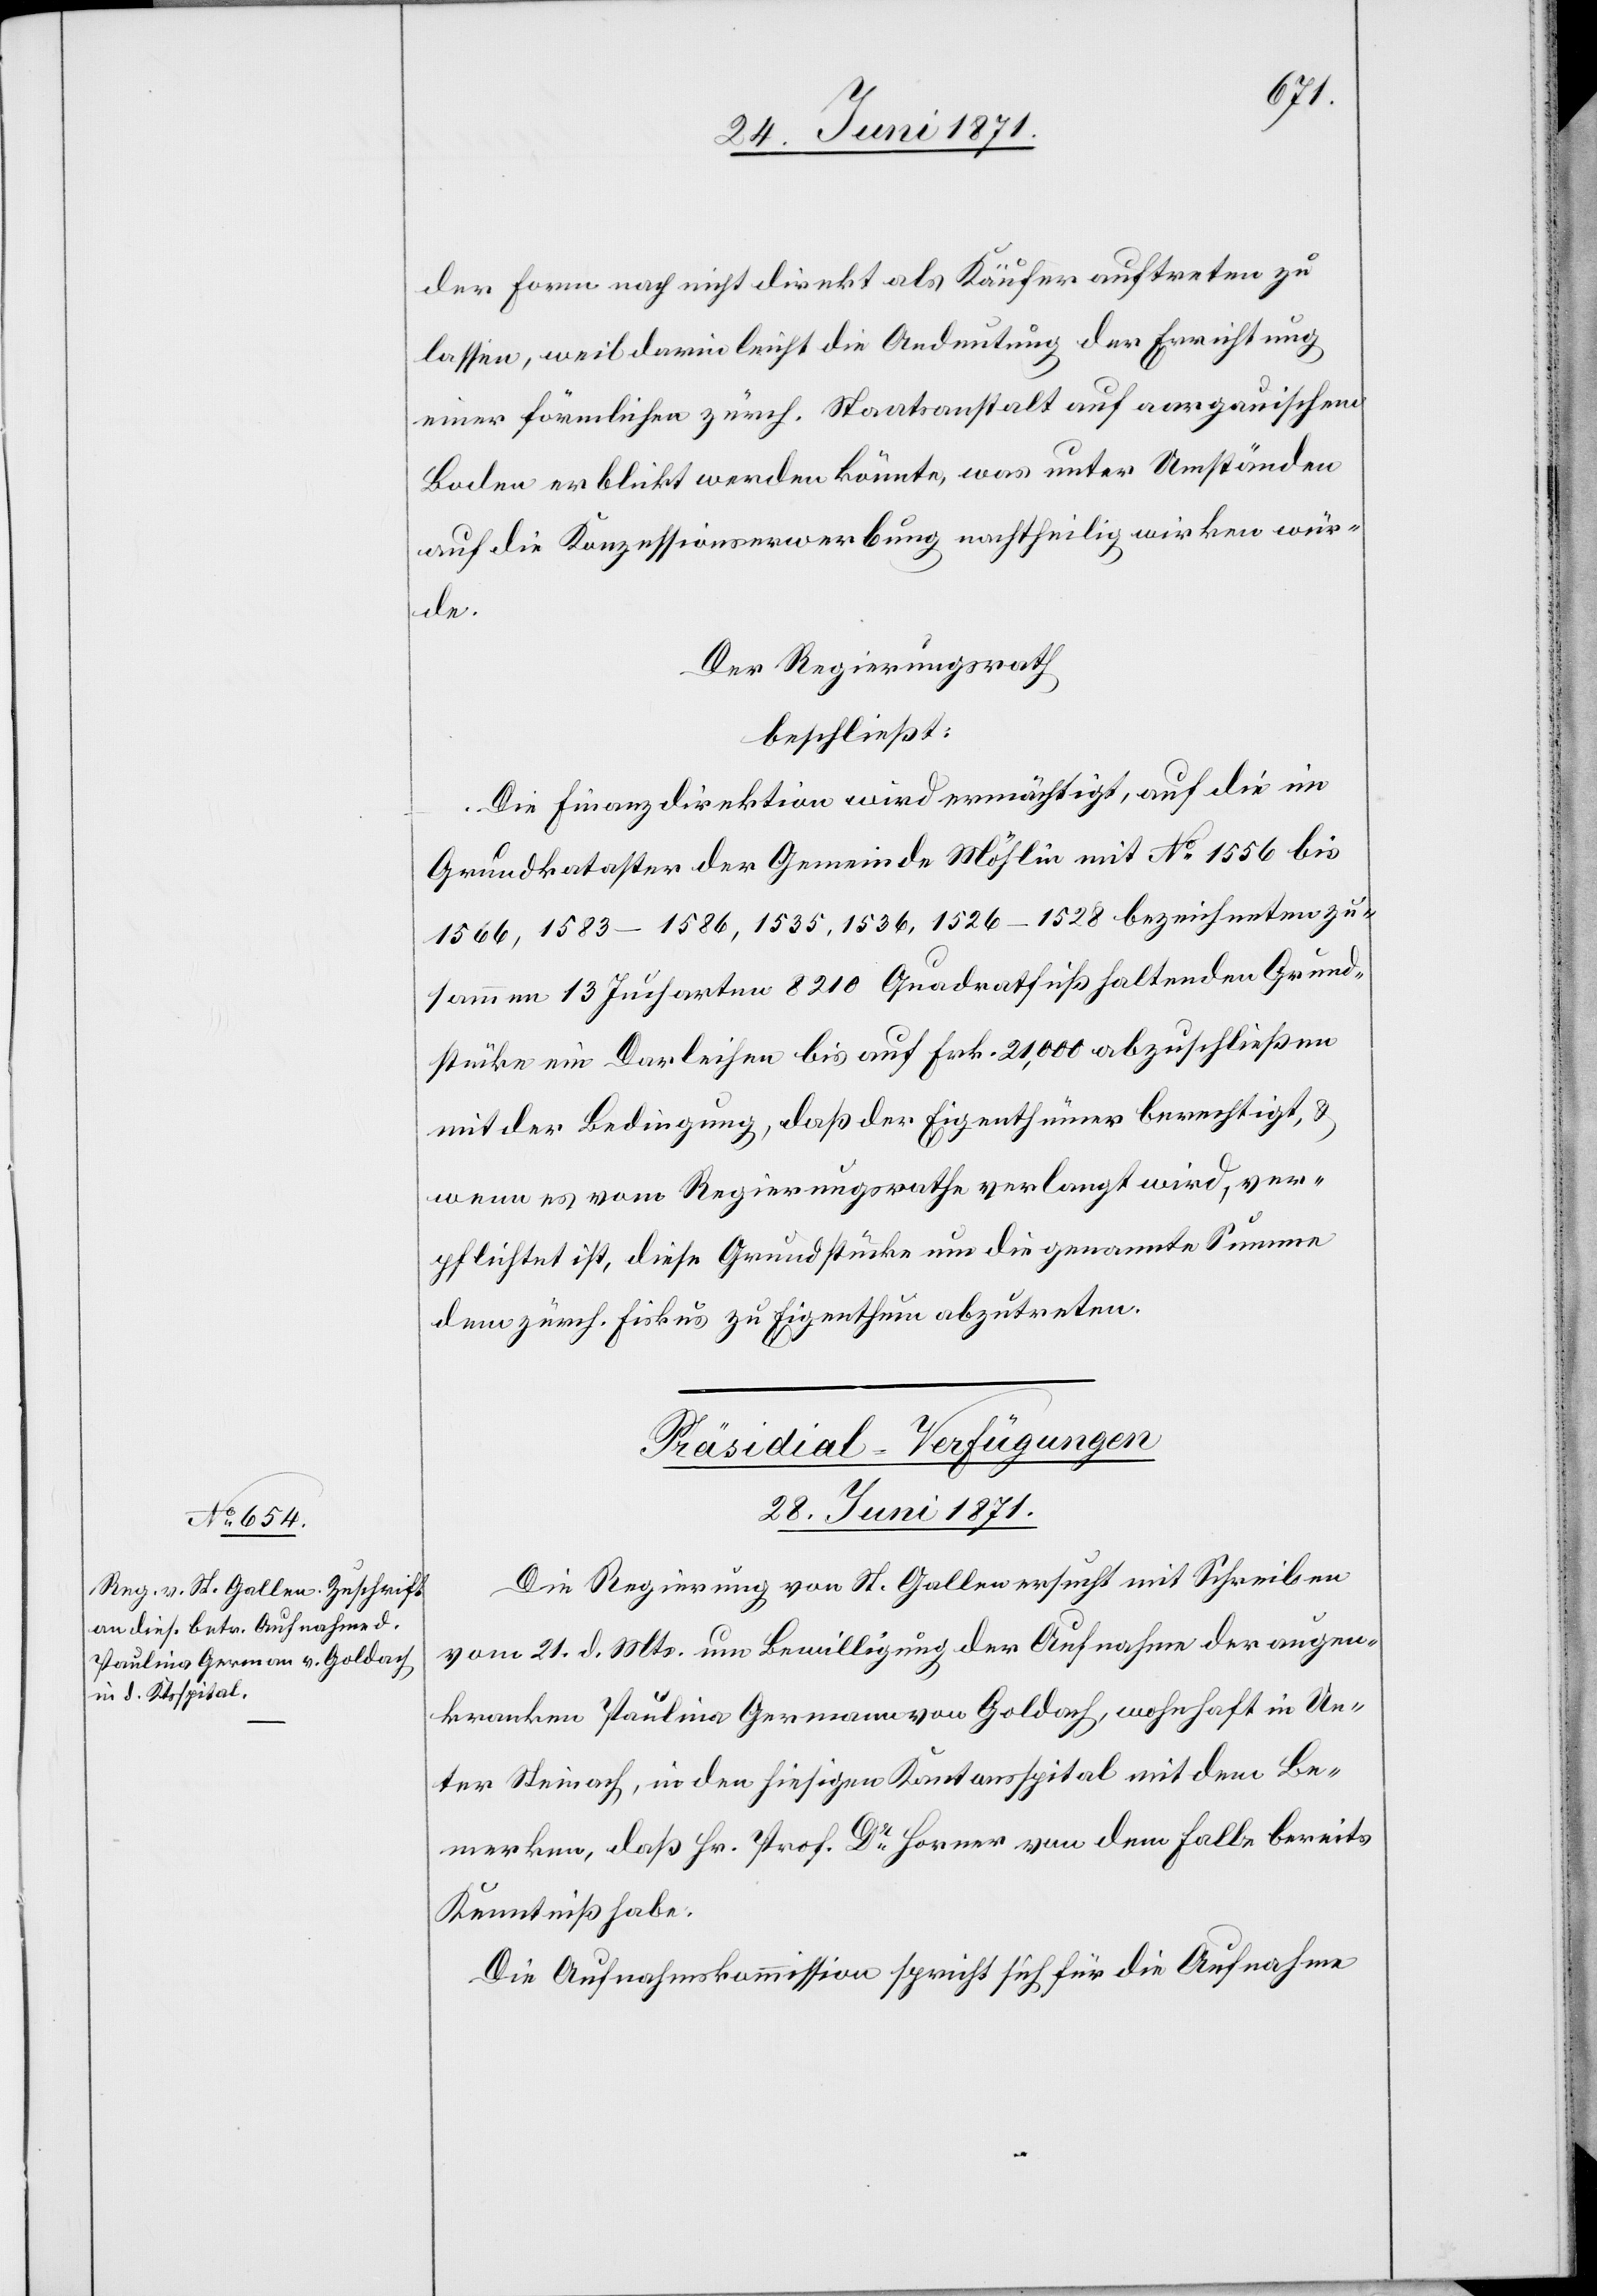
der Form nach nicht direkt als Käufer auftreten zu
lassen, weil darin leicht die Andeutung der Errichtung
einer förmlichen zürch. Staatsanstalt auf aargauischem
Boden erblickt werden könnte, was unter Umständen
auf die Konzessionserwerbung nachtheilig wirken wür¬
de.
Der Regierungsrath
beschließt:
Die Finanzdirektion wird ermächtigt, auf die im
Grundkataster der Gemeinde Möhlin mit No. 1556 bis
1566, 1583–1586, 1535, 1536, 1526–1528 bezeichneten zu¬
sammen 13 Jucharten 8210 Quadratfuß haltenden Grund¬
stücke ein Darleihen bis auf Frk. 21,000 abzuschließen
mit der Bedingung, daß der Eigenthümer berechtigt, u.
wenn es vom Regierungsrathe verlangt wird, ver¬
pflichtet ist, diese Grundstücke um die genannte Summe
dem zürch. Fiskus zu Eigenthum abzutreten.
Präsidial-Verfügungen
28. Juni 1871.
Die Regierung von St. Gallen ersucht mit Schreiben
vom 21. d. Mts. um Bewilligung der Aufnahme der augen¬
kranken Paulina Germann [sic!] von Goldach, wohnhaft in Un¬
ter Steinach, in den hiesigen Kantonsspital mit dem Be¬
merken, daß Hr. Prof. Dr. Horner von dem Falle bereits
Kenntniß habe.
Die Aufnahmskommission spricht sich für die Aufnahme